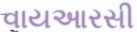
વાયઆરસી